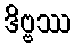
ဒိဗ္ဗဿ